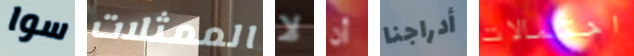
سوا الممثلات لا أن أدراجنا احتمالات